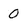
Character: 0